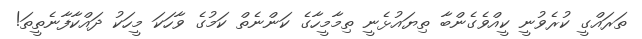
ތަރައްގީ ކުރެވުނީ ކީއްވެގެންބާ ތިޔައުޅެނީ ތިމާމީހާގެ ކަންނެތް ކަމުގެ ވާހަކަ މީހަކު ދައްކާފާނެތީތަ!